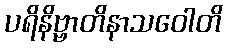
ပရိနိဗ္ဗာတိနာသဝေါတိ